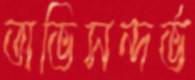
অভিসন্দর্ভ